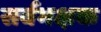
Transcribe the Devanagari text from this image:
सर्वभक्षक